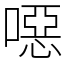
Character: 噁